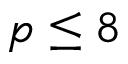
p \le 8